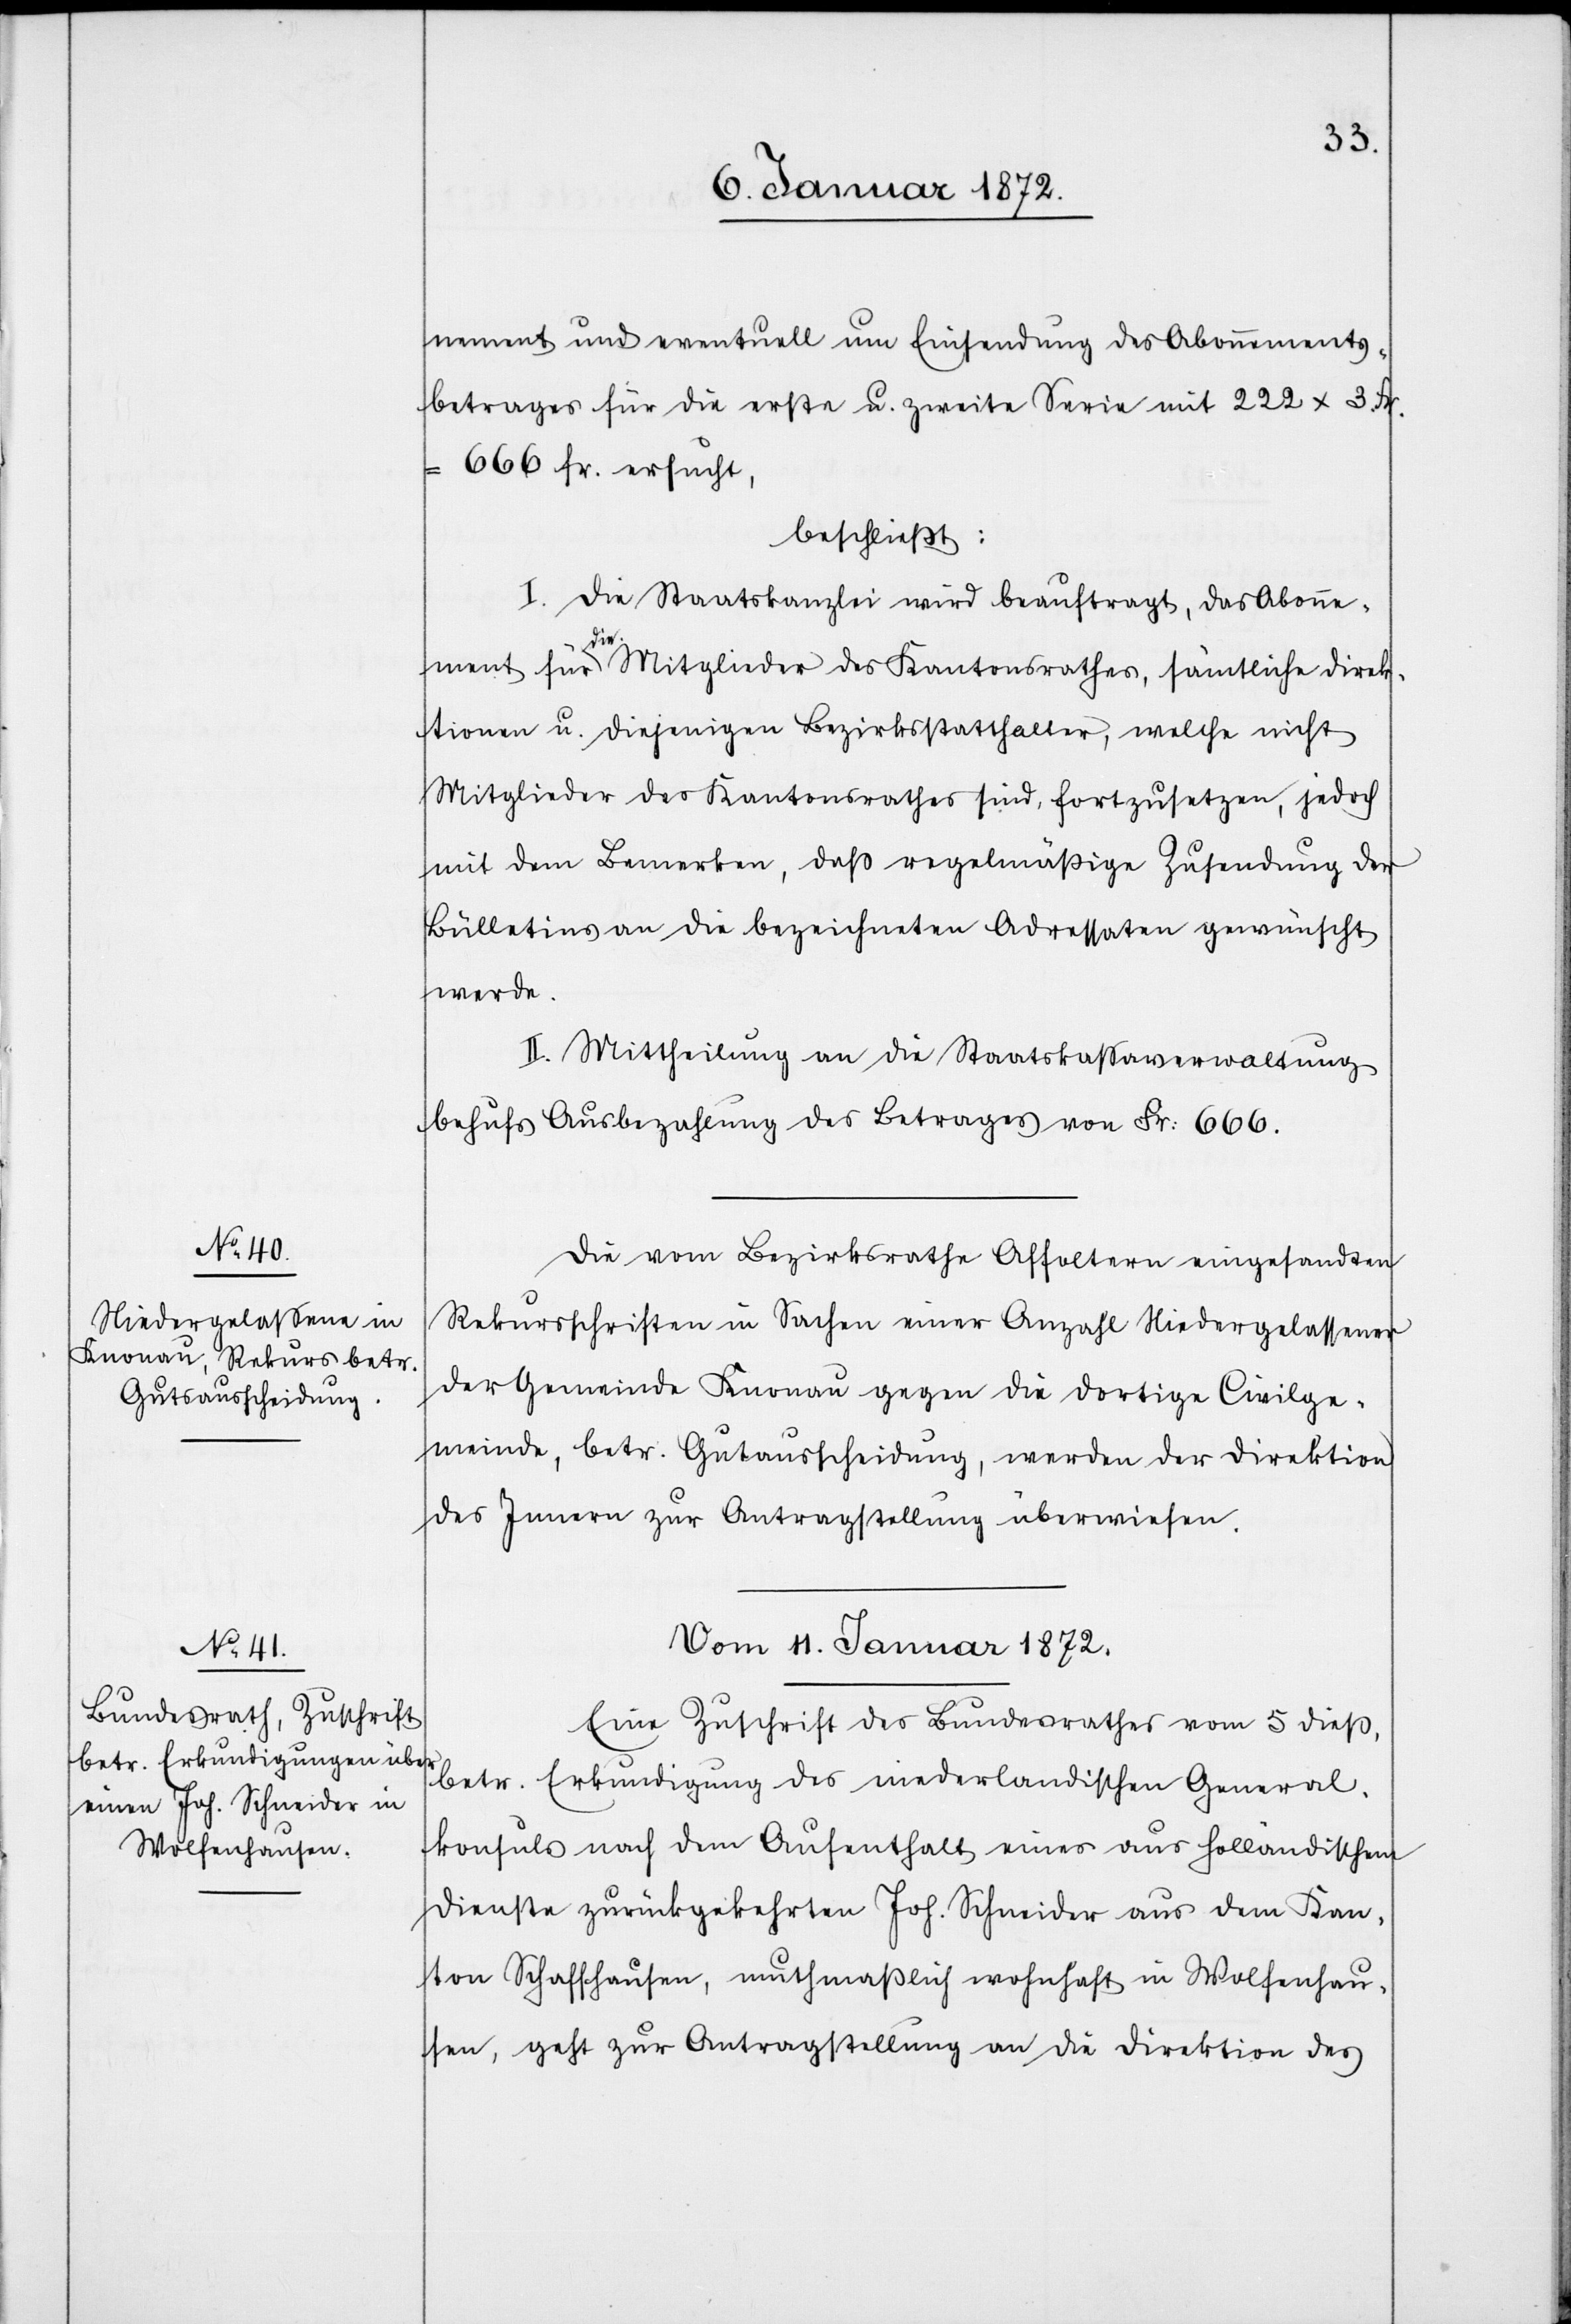
nement und eventuell um Einsendung des Abonnements¬
betrages für die erste u. zweite Serie mit 222 x 3.Fr.
666 Fr. ersucht,
beschließt:
I. Die Staatskanzlei wird beauftragt, das Abonne¬
ment für die Mitglieder des Kantonsrathes, sämtliche Direk¬
tionen u. diejenigen Bezirksstatthalter, welche nicht
Mitglieder des Kantonsrathes sind, fortzusetzen, jedoch
mit dem Bemerken, daß regelmäßige Zusendung der
Bülletins an die bezeichneten Adressaten gewünscht
werde.
II. Mittheilung an die Staatskassaverwaltung
behufs Ausbezahlung des Betrages von Fr: 666.
Die vom Bezirksrathe Affoltern eingesandten
Rekursschriften in Sachen einer Anzahl Niedergelassener
der Gemeinde Knonau gegen die dortige Civilge¬
meinde, betr. Gutausscheidung, werden der Direktion
des Innern zur Antragsstellung überwiesen.
Vom 11. Januar 1872.
Eine Zuschrift des Bundesrathes vom 5 dieß,
betr. Erkundigung des niederlandischen General¬
konsuls nach dem Aufenhalt eines aus holländischem
Dienste zurückgekehrten Joh. Schneider aus dem Kan¬
ton Schaffhausen, muthmaßlich wohnhaft in Wolfenhau¬
sen, geht zur Antragstellung an die Direktion des